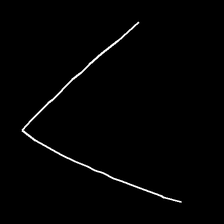
Glyph: region